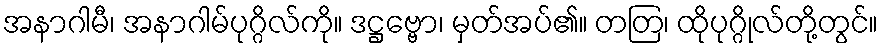
အနာဂါမီ၊ အနာဂါမ်ပုဂ္ဂိလ်ကို။ ဒဋ္ဌဗ္ဗော၊ မှတ်အပ်၏။ တတြ၊ ထိုပုဂ္ဂိုလ်တို့တွင်။